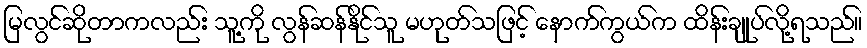
မြလွင်ဆိုတာကလည်း သူ့ကို လွန်ဆန်နိုင်သူ မဟုတ်သဖြင့် နောက်ကွယ်က ထိန်းချုပ်လို့ရသည်။